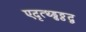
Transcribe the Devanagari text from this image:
एदृत्थ्ड्ढठ्ठद्व